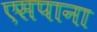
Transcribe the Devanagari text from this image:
एसपाना